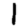
Digit: 1